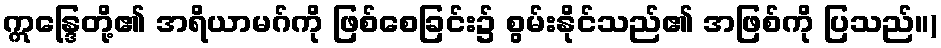
ဣန္ဒြေတို့၏ အရိယာမဂ်ကို ဖြစ်စေခြင်း၌ စွမ်းနိုင်သည်၏ အဖြစ်ကို ပြသည်။)